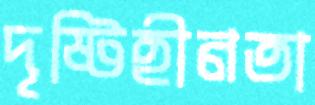
দৃষ্টিহীনতা